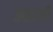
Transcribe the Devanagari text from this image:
उसागी